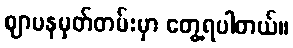
ဈာပနမှတ်တမ်းမှာ တွေ့ရပါတယ်။